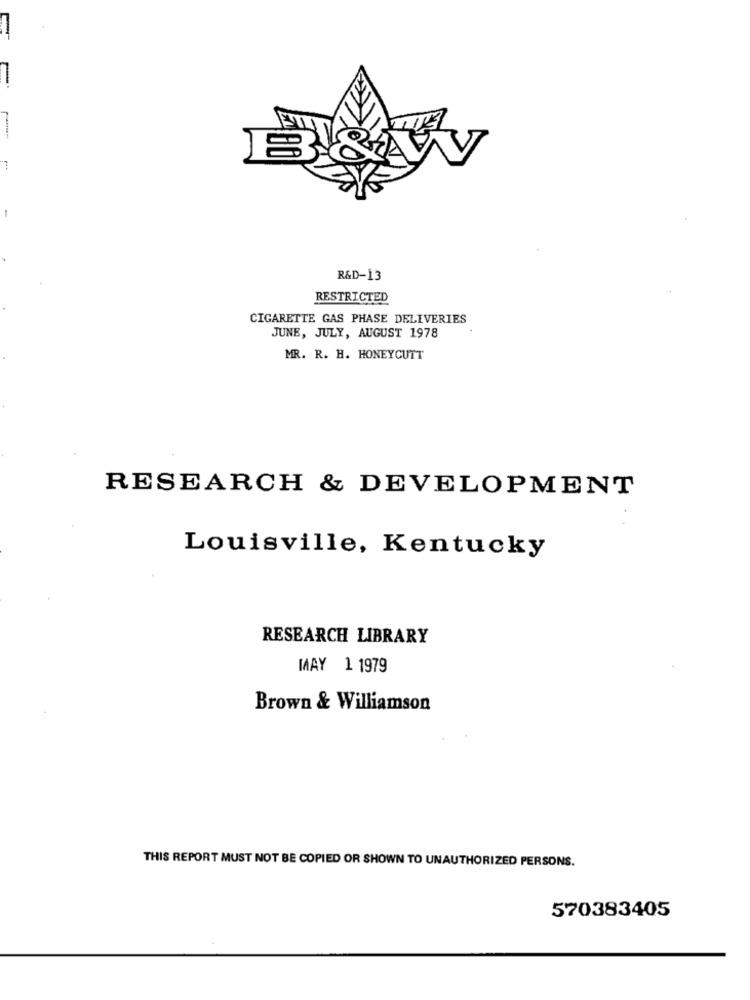
R&D-13
RESTRICTED
CIGARETTE GAS PHASE DELIVERIES
JUNE, JULY, AUGUST 1978
MR. R. H. HONEYCUTT
RESEARCH & DEVELOPMENT
Louisville, Kentucky
RESEARCH LIBRARY
MAY 1 1979
Brown & Williamson
THIS REPORT MUST NOT BE COPIED OR SHOWN TO UNAUTHORIZED PERSONS.
570383405